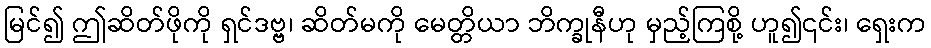
မြင်၍ ဤဆိတ်ဖိုကို ရှင်ဒဗ္ဗ၊ ဆိတ်မကို မေတ္တိယာ ဘိက္ခုနီဟု မှည့်ကြစို့ ဟူ၍၎င်း၊ ရှေးက